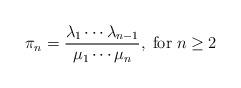
LaTeX: \begin{align*}\pi_{n}=\frac{\lambda_1\cdots\lambda_{n-1}}{\mu_1\cdots \mu_n},\;\textup{for}\; n\geq 2\end{align*}